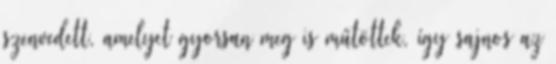
szenvedett, amelyet gyorsan meg is műtöttek, így sajnos az